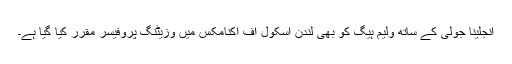
انجلینا جولی کے ساتھ ولیم ہیگ کو بھی لندن اسکول آف اکنامکس میں وزیٹنگ پروفیسر مقرر کیا گیا ہے۔